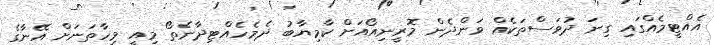
އެއްޓީމެއްގައި ގިނަ ދުވަސްތަކެއް ވަންދެން މޮރީނިއޯއަށް ކާމިޔާބު ދެމެހެއްޓިދާނެތޯ މިއީ މިހާތަނަށް އޭނާގެ